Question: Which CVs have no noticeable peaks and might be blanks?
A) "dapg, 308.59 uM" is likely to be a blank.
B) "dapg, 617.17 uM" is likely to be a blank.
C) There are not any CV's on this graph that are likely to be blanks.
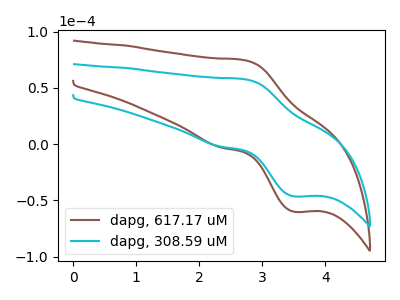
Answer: <think>The brown curve "dapg, 617.17 uM" has an anodic peak at (2.70V, 74.55uA) and a cathodic peak at (3.50V, -60.10uA). The cyan curve "dapg, 308.59 uM" has an anodic peak at (2.70V, 57.60uA) and a cathodic peak at (3.50V, -46.45uA).</think>
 <answer>C) There are not any CV's on this graph that are likely to be blanks.</answer>
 <eval>C</eval>